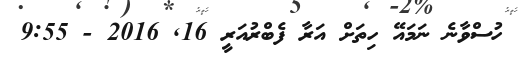
ހުސްވާނެ ނަމައޭ ހިތަށް އަރާ ފެބްރުއަރީ 16